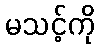
မသင့်ကို